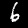
Digit: 6